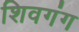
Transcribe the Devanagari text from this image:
शिवगंग